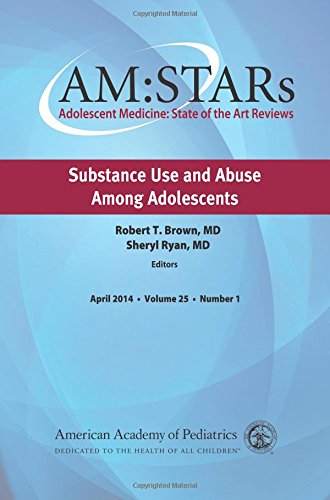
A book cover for AM:STARs Substance Use and Abuse Among Adolescents: Adolescent Medicine State of the Art Reviews, Volume 25, Number 1; American Academy of Pediatrics Section on Adolescent Health; Medical Books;